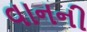
વાનની